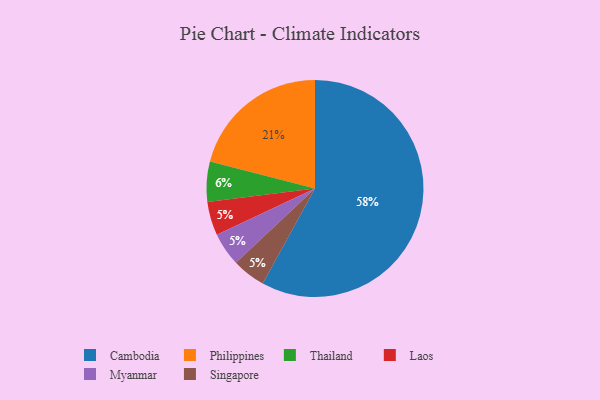
{"axis": {"x": "Category", "y": "Percentage"}, "legend": ["Cambodia", "Laos", "Myanmar", "Philippines", "Singapore", "Thailand"], "data": [{"x": "Laos", "y": 5, "type": "Laos"}, {"x": "Philippines", "y": 21, "type": "Philippines"}, {"x": "Cambodia", "y": 58, "type": "Cambodia"}, {"x": "Myanmar", "y": 5, "type": "Myanmar"}, {"x": "Thailand", "y": 6, "type": "Thailand"}, {"x": "Singapore", "y": 5, "type": "Singapore"}]}